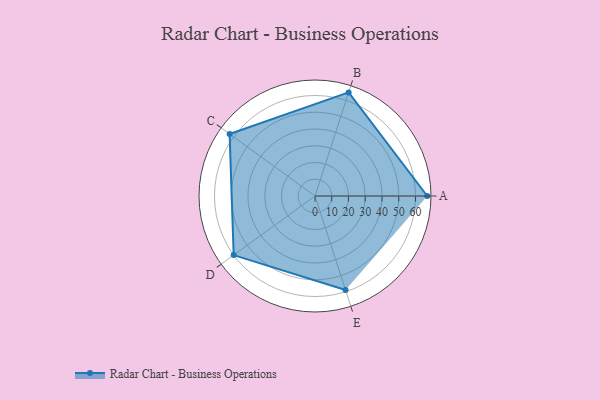
{"axis": {"x": "Skill", "y": "Score"}, "legend": ["Profile"], "data": [{"x": "A", "y": 67.0, "type": "Profile"}, {"x": "B", "y": 65.0, "type": "Profile"}, {"x": "C", "y": 63.0, "type": "Profile"}, {"x": "D", "y": 60.0, "type": "Profile"}, {"x": "E", "y": 59.0, "type": "Profile"}]}